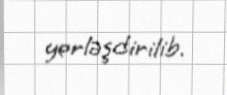
yerləşdirilib.